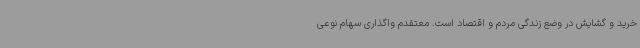
خرید و گشایش در وضع زندگی مردم و اقتصاد است. معتقدم واگذاری سهام نوعی